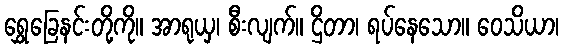
ရွှေခြေနင်းတို့ကို။ အာရုယှ၊ စီးလျက်။ ဌိတာ၊ ရပ်နေသော။ ဝေသိယာ၊